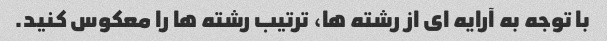
با توجه به آرایه ای از رشته ها، ترتیب رشته ها را معکوس کنید.